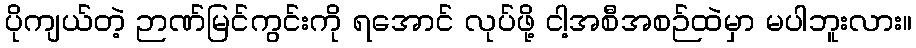
ပိုကျယ်တဲ့ ဉာဏ်မြင်ကွင်းကို ရအောင် လုပ်ဖို့ ငါ့အစီအစဉ်ထဲမှာ မပါဘူးလား။